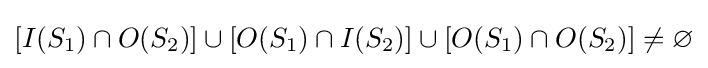
\left[I(S_{1})\cap O(S_{2})\right]\cup \left[O(S_{1})\cap I(S_{2})\right]\cup \left[O(S_{1})\cap O(S_{2})\right]\neq \varnothing